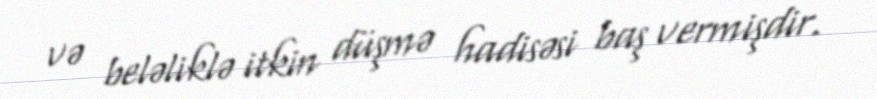
və beləliklə itkin düşmə hadisəsi baş vermişdir.